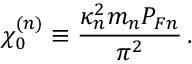
\chi _ { 0 } ^ { ( n ) } \equiv \frac { \kappa _ { n } ^ { 2 } m _ { n } { \cal P } _ { F n } } { \pi ^ { 2 } } \, .